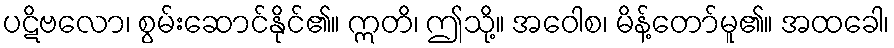
ပဋိဗလော၊ စွမ်းဆောင်နိုင်၏။ ဣတိ၊ ဤသို့။ အဝေါစ၊ မိန့်တော်မူ၏။ အထခေါ၊